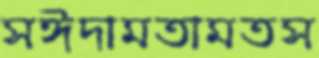
সঈদামতামতস